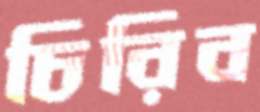
চিরিব